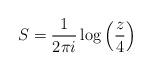
LaTeX: \begin{align*}S=\frac {1}{2\pi i} \log \left( \frac {z}{4} \right)\end{align*}